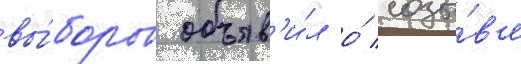
вы́боров объяв'и́л о́ созы́в'е